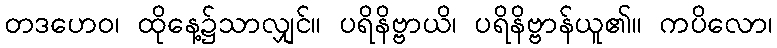
တဒဟေဝ၊ ထိုနေ့၌သာလျှင်။ ပရိနိဗ္ဗာယိ၊ ပရိနိဗ္ဗာန်ယူ၏။ ကပိလော၊